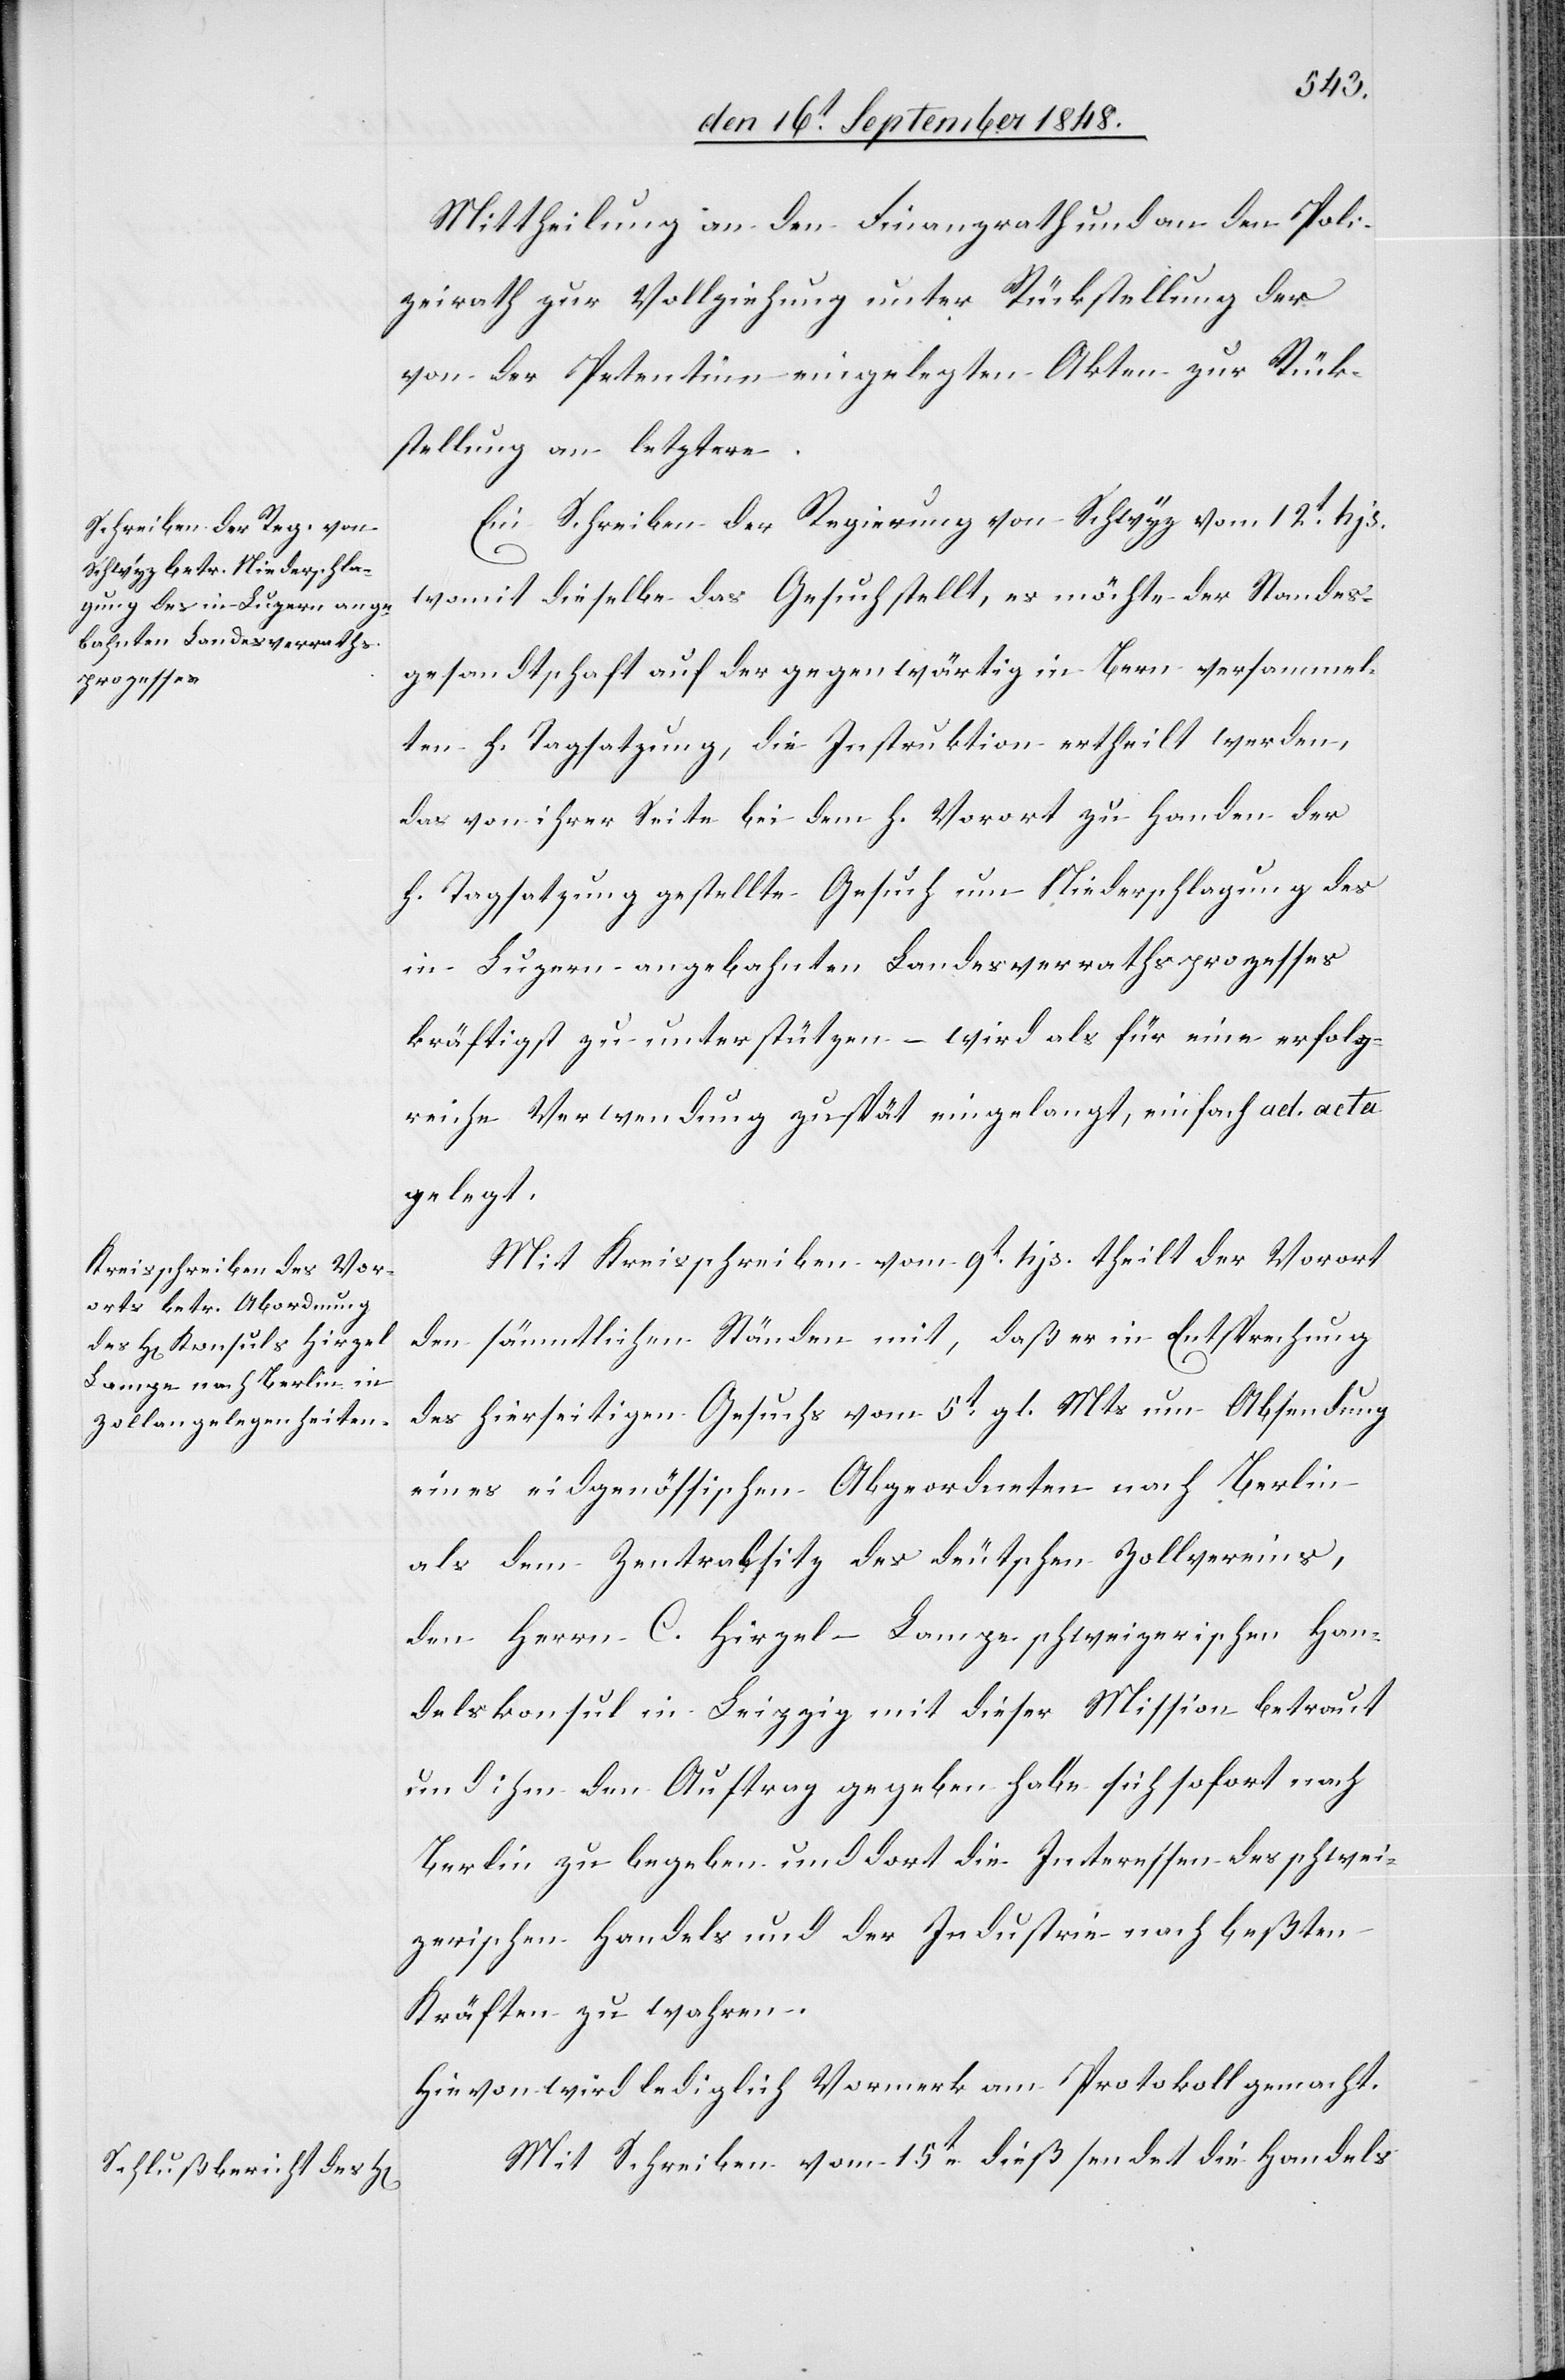
Mittheilung an den Finanzrath und an den Poli¬
zeirath zur Vollziehung unter Rückstellung der
von der Petentinn eingelegten Akten zur Rück¬
stellung an letztere.
Ein Schreiben der Regierung von Schwyz vom 12t hjs.
womit dieselbe das Gesuch stellt, es möchte der Standes¬
gesandtschaft auf der gegenwärtig in Bern versammel¬
ten h. Tagsatzung, die Instruktion ertheilt werden,
das von ihrer Seite bei dem h. Vorort zu Handen der
h. Tagsatzung gestellte Gesuch um Niederschlagung des
in Luzern angebahnten Landesverrathsprozesses
kräftigst zu unterstützen – wird als für eine erfolg¬
reiche Verwendung zu spät eingelangt, einfach ad acta
gelegt.
Mit Kreisschreiben vom 9t hjs. theilt der Vorort
den sämmtlichen Ständen mit, daß er in Entsprechung
des hierseitigen Gesuchs vom 5t gl. Mts. um Absendung
eines eidgenössischen Abgeordneten nach Berlin
als dem Zentralabsitz des deutschen Zollvereines,
dem Herrn C. Hirzel–Lampe schweizerischen Han¬
delskonsul in Leipzig mit dieser Mission betraut
und ihm den Auftrag gegeben habe sich sofort nach
Berlin zu begeben und dort die Interessen des schwei¬
zerischen Handels und der Industrie nach beßten
Kräften zu wahren.
Hievon wird lediglich Vormerk am Protokoll gemacht.
Mit Schreiben vom 15t dieß sendet die Handels[-]